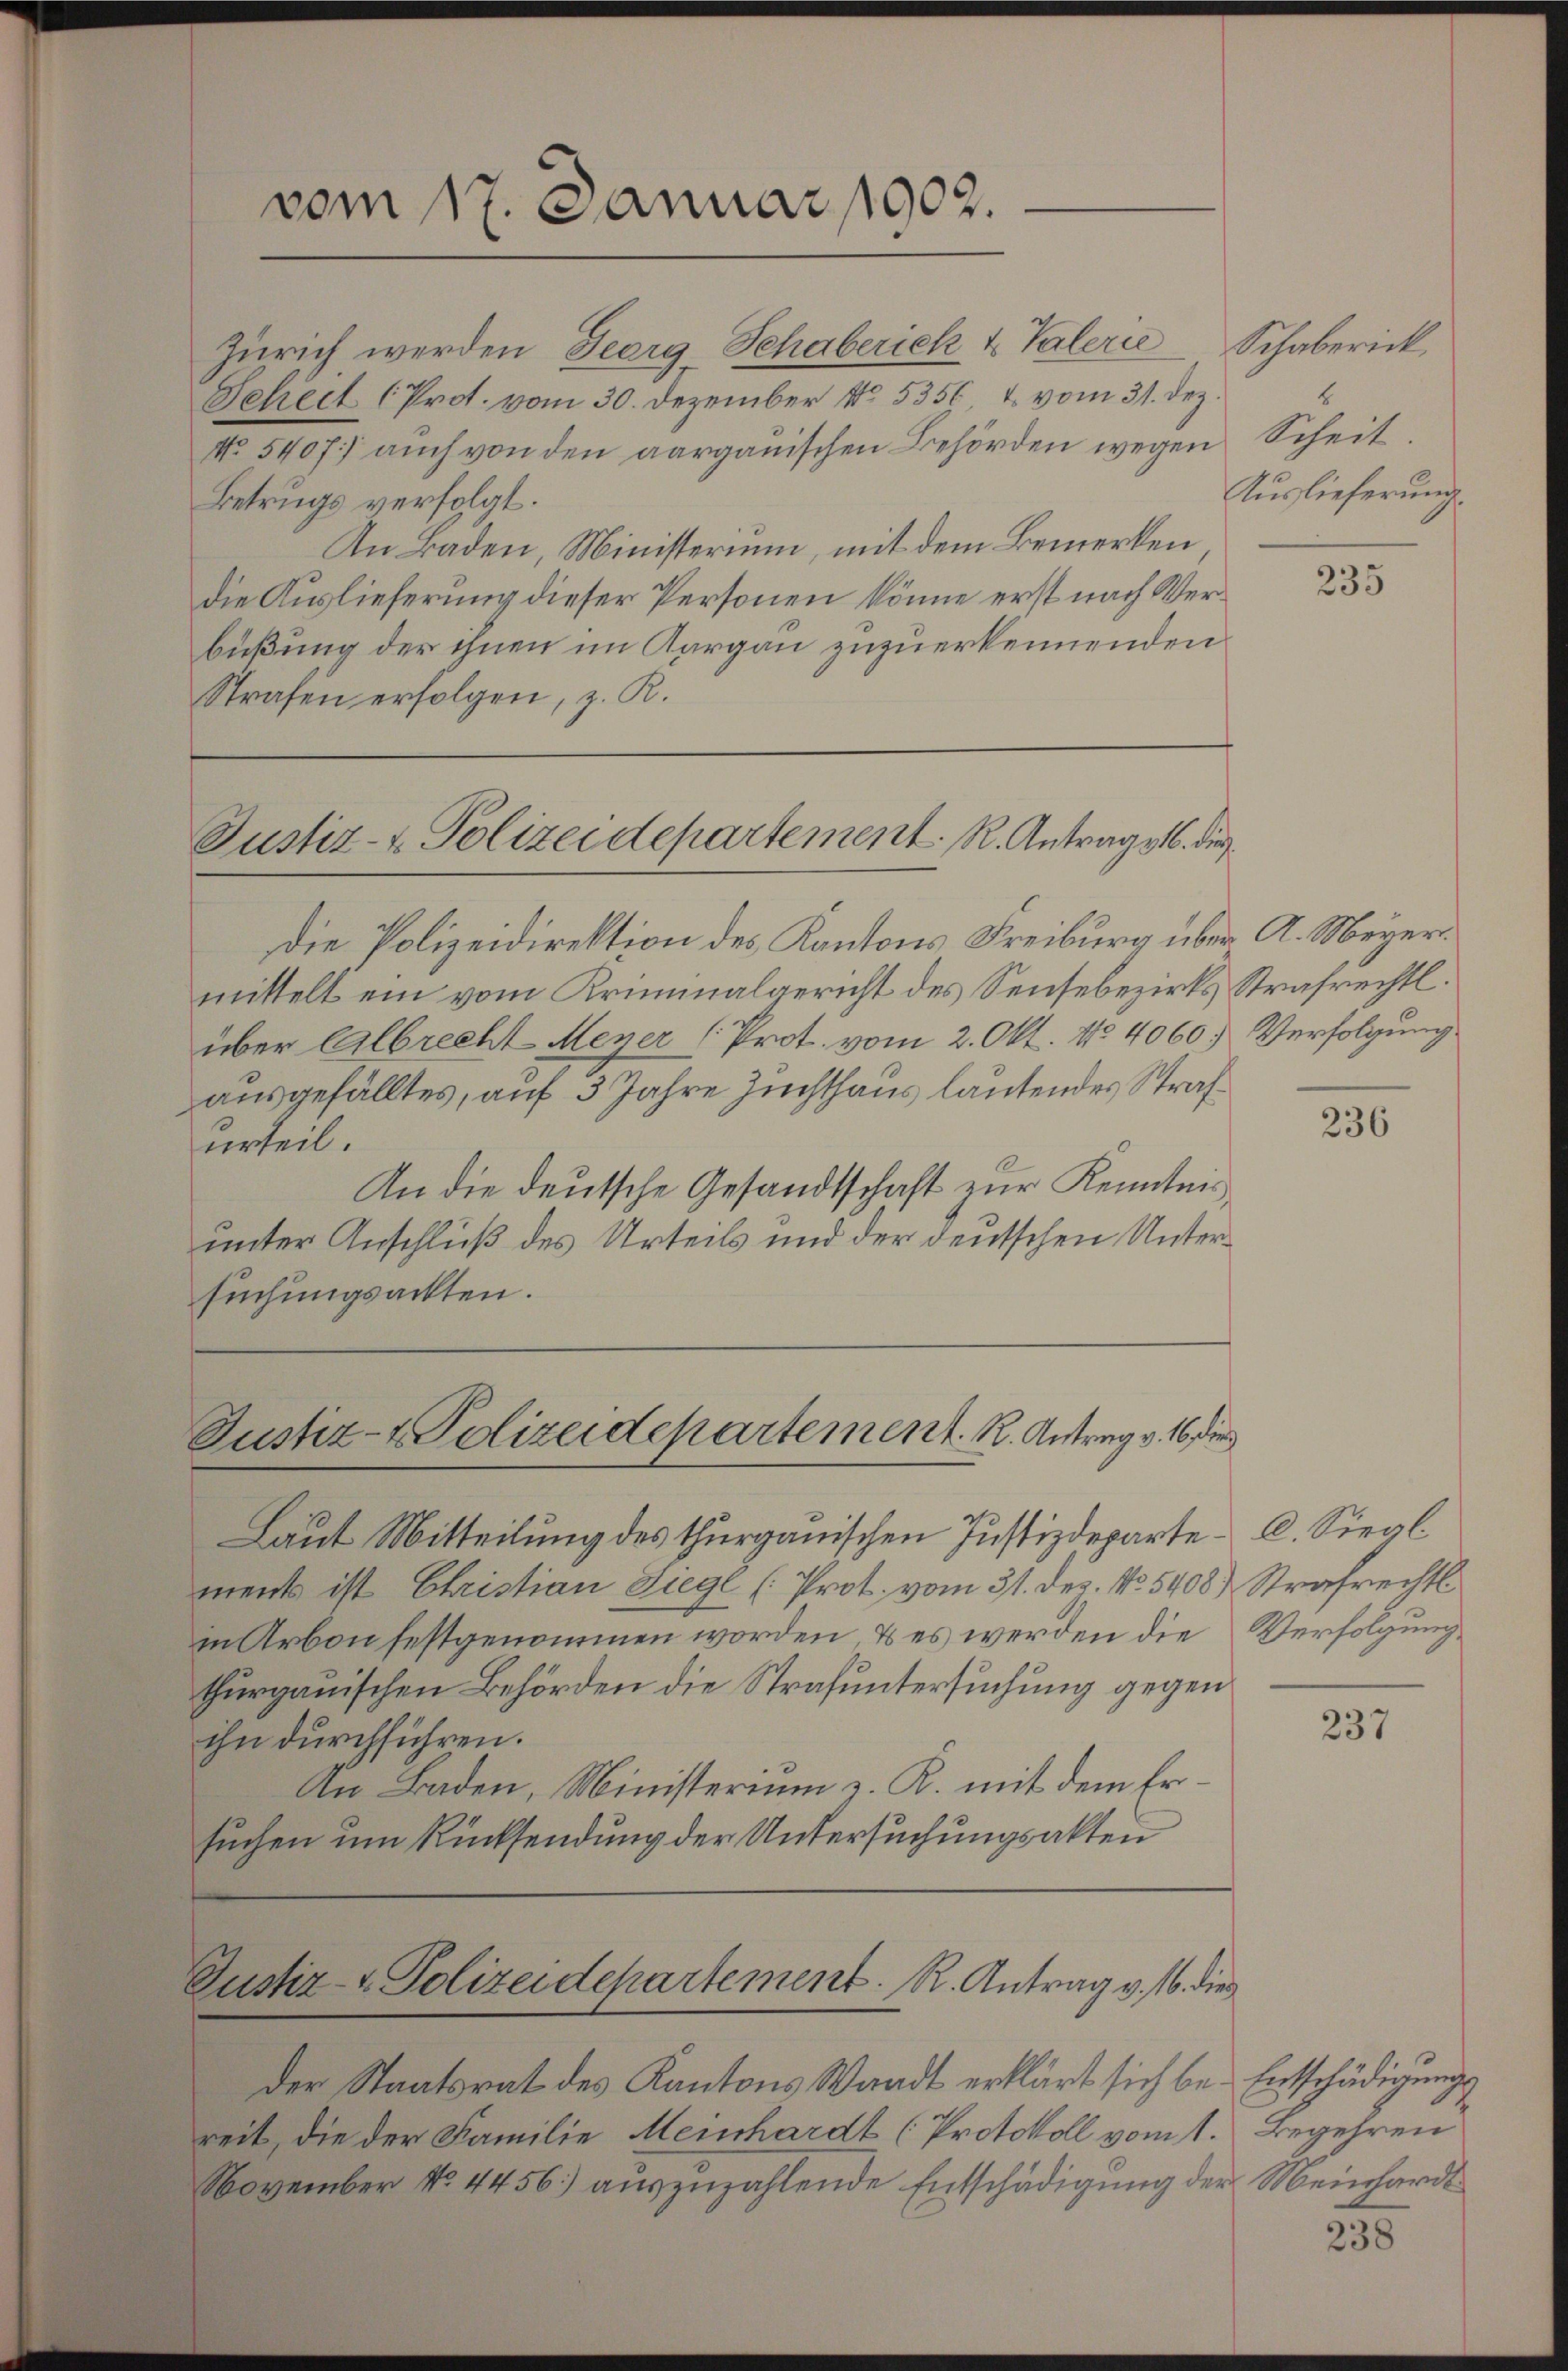
vom 17. Januar 1902.

Zürich werden Georg Schaberich u. Valerie Schaberick,
Scheit (Prot. vom 30. Dezember No 5356, u. vom 31. Dez.
No. 5407) auch von den aargauischen Behörden wegen Scheit.
Betrugs verfolgt.
An Baden, Ministerium, mit dem Bemerken,
die Auslieferung dieser Personen könne erst nach Verbüßung der ihnen im Aargau zuzuerkennenden
Strafen erfolgen, z. R.

Justiz- & Polizeidepartement. R. Antrag v. der

Die Polizeidirektion des Kantons Freiburg über A. Meyermittelt ein vom Kriminalgericht des Sensebezirks Strafrechtl.
über Albrecht Meyer (Prot. vom 2. Okt. No 4060.) Verfolgung.
ausgefälltes, auf 3 Jahre Zuchthaus lautendes Strafurteil.
An die deutsche Gesandtschaft zur Kenntnis,
unter Anschluß des Urteils und der deutschen Untersuchungsackten.

Justiz- & Polizeidepartement. R. Antrag v. 16 der

Laut Mitteilung des thurgauischen Justizdeparte C. Siegl.
ments ist Christian Liege [Prot. vom 31. Dez. No. 5408. Strafrechtl.
in Arbon festgenommen worden, & es werden die
thurgauischen Behörden die Strafuntersuchung gegen
ihn durchführen.
An Baden, Ministerium v. R. mit dem Ersuchen um Rücksendung der Untersuchungsakten

Justiz- & Polizeidepartement. R. Antrag v. 16. die

der Staatsrat des Kantons Waadt erklärt sich be- Entschädigungs
reit, die der Familie Meinhardt (Protokoll vom 1. Begehren
November No. 4456) auszuzahlende Entschädigung der Meinhardt

b
Auslieferung.

235

236

Verfolgung

237

238